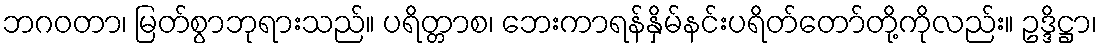
ဘဂဝတာ၊ မြတ်စွာဘုရားသည်။ ပရိတ္တာစ၊ ဘေးကာရန်နှိမ်နင်းပရိတ်တော်တို့ကိုလည်း။ ဥဒ္ဒိဋ္ဌာ၊